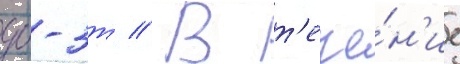
дб-3т // В т'ече́н'ие